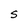
Character: S